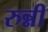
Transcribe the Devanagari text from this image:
रुन्नी